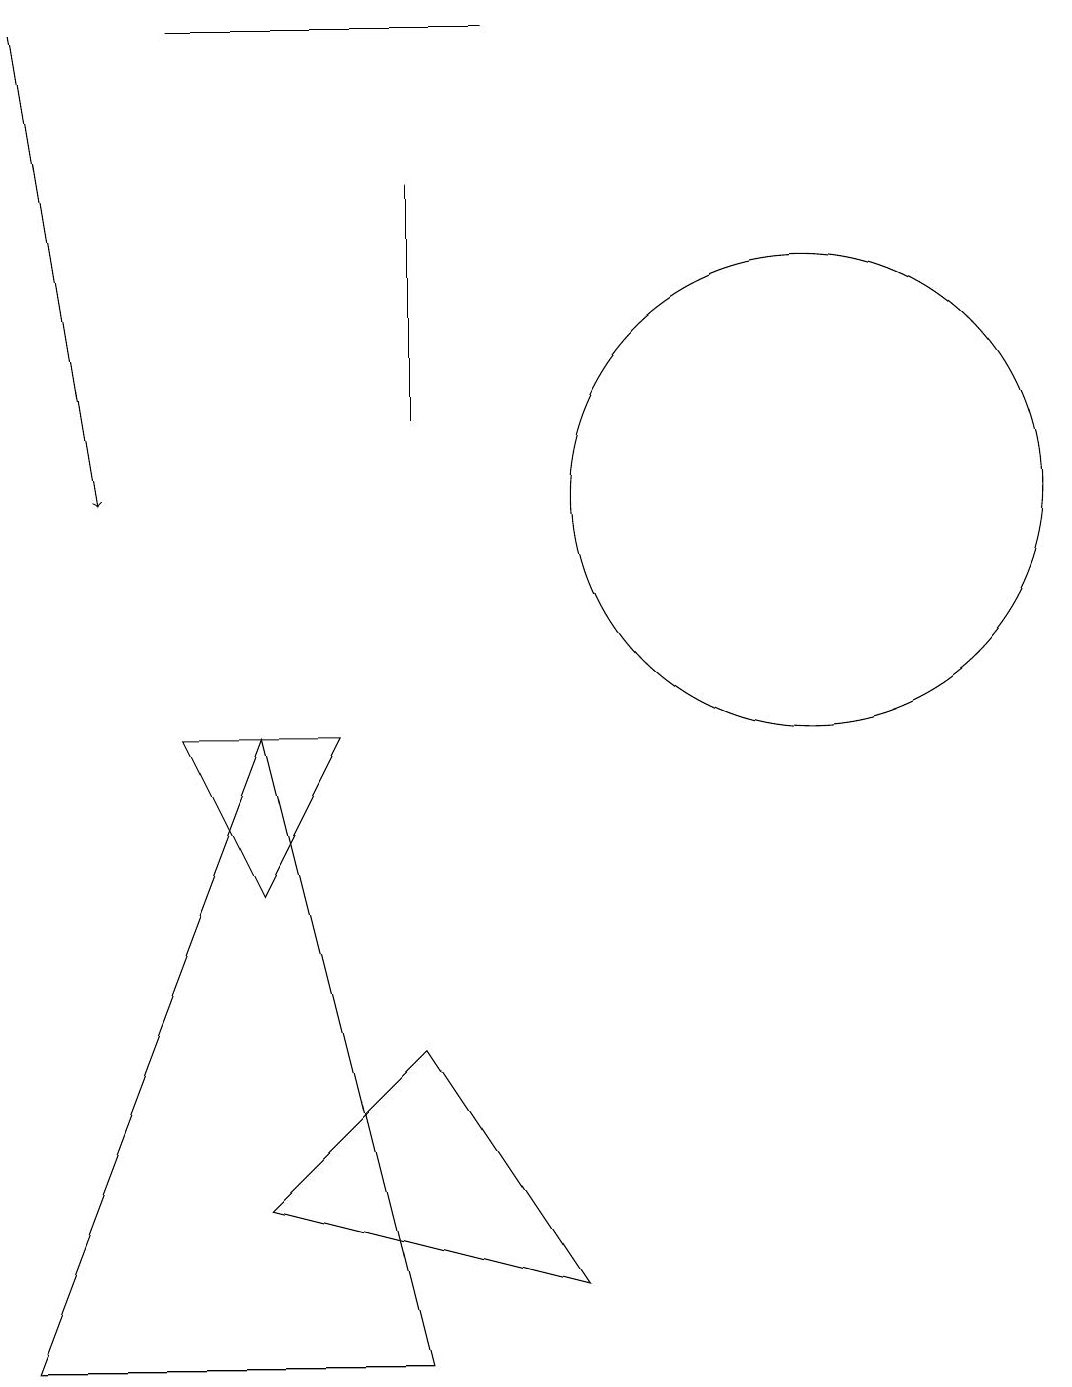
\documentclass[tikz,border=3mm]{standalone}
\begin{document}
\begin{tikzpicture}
\draw (5,8) -- (3,8) -- (4,6) -- cycle;
\draw[->] (1,17) -- (2,11);
\draw (11,11) circle (3);
\draw (6,0) -- (1,0) -- (4,8) -- cycle;
\draw (4,2) -- (6,4) -- (8,1) -- cycle;
\draw (6,12) rectangle (6,15);
\draw (3,17) rectangle (7,17);
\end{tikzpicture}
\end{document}